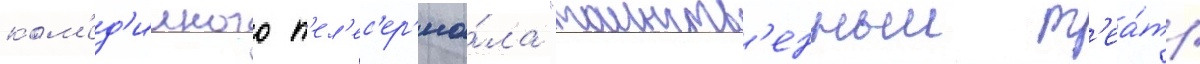
ком'ед'ииного т'ел'ес'ер'иа́ла "таинств'енныи т'еа́тр